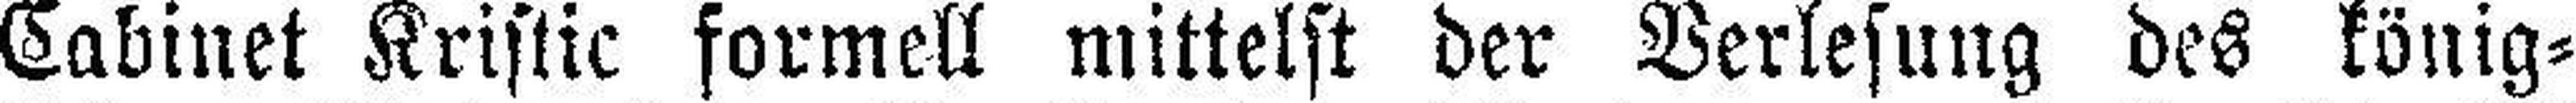
Cabinet Kristic formell mittelst der Verlesung des könig¬